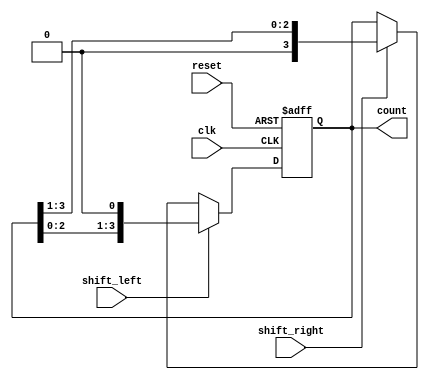
module async_shift_counter (
    input wire clk,            // Clock signal
    input wire reset,          // Asynchronous reset signal
    input wire shift_left,     // Control signal to shift left
    input wire shift_right,    // Control signal to shift right
    output reg [3:0] count     // 4-bit output count value
);

// Asynchronous reset and shifting logic
always @(posedge clk or posedge reset) begin
    if (reset) begin
        count <= 4'b0000; // Reset count to 0
    end else begin
        if (shift_left) begin
            count <= {count[2:0], 1'b0}; // Shift left
        end else if (shift_right) begin
            count <= {1'b0, count[3:1]}; // Shift right
        end
        // If neither signal is asserted, hold the current value
    end
end

endmodule